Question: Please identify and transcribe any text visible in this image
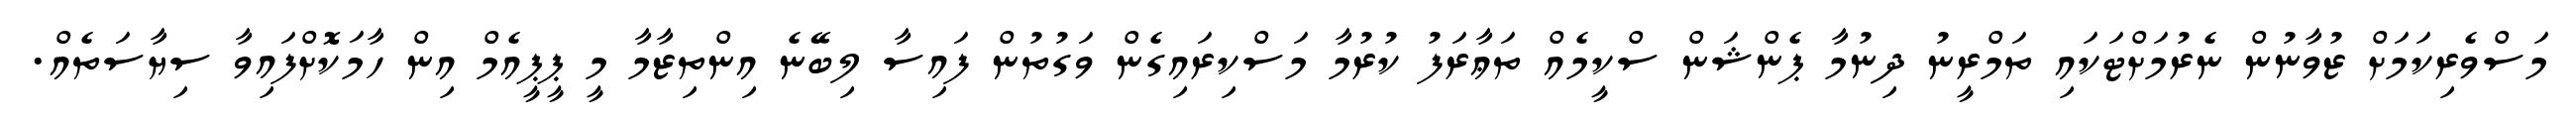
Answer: މަސްވެރިކަމަށް ޒުވާނުން ނެރުމަށްޓަކައި ތަމްރީނު ދިނުމާ ޕެންޝަން ސްކީމެއް ތަޢާރަފު ކުރުމާ މަސްކިރައިގެން ވަގުތުން ފައިސާ ލިބޭނެ އިންތިޒާމާ މީ ޕީޕީއެމް އިން ހާމަކޮށްފައިވާ ސިޔާސަތެއް.